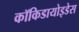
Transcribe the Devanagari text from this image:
कॉकिडायोइडेस